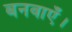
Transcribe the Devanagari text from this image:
बनवाएँ।